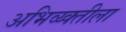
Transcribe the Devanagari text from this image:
अभिव्य्क्तीला